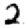
Digit: 2